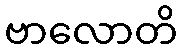
ဗာလောတိ